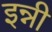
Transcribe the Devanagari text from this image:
इन्नी